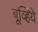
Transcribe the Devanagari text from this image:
बूव्हिये